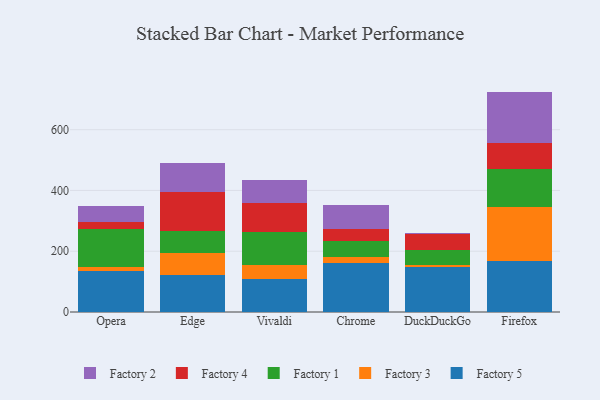
{"axis": {"x": "Browser", "y": "Revenue (USD Million)"}, "legend": ["Factory 1", "Factory 2", "Factory 3", "Factory 4", "Factory 5"], "data": [{"x": "Opera", "y": 136.0, "type": "Factory 5"}, {"x": "Opera", "y": 12.6, "type": "Factory 3"}, {"x": "Opera", "y": 126.2, "type": "Factory 1"}, {"x": "Opera", "y": 22.9, "type": "Factory 4"}, {"x": "Opera", "y": 50.6, "type": "Factory 2"}, {"x": "Edge", "y": 123.1, "type": "Factory 5"}, {"x": "Edge", "y": 70.5, "type": "Factory 3"}, {"x": "Edge", "y": 72.1, "type": "Factory 1"}, {"x": "Edge", "y": 128.5, "type": "Factory 4"}, {"x": "Edge", "y": 95.3, "type": "Factory 2"}, {"x": "Vivaldi", "y": 107.3, "type": "Factory 5"}, {"x": "Vivaldi", "y": 49.0, "type": "Factory 3"}, {"x": "Vivaldi", "y": 105.7, "type": "Factory 1"}, {"x": "Vivaldi", "y": 97.0, "type": "Factory 4"}, {"x": "Vivaldi", "y": 74.3, "type": "Factory 2"}, {"x": "Chrome", "y": 161.7, "type": "Factory 5"}, {"x": "Chrome", "y": 19.1, "type": "Factory 3"}, {"x": "Chrome", "y": 52.6, "type": "Factory 1"}, {"x": "Chrome", "y": 41.2, "type": "Factory 4"}, {"x": "Chrome", "y": 76.1, "type": "Factory 2"}, {"x": "DuckDuckGo", "y": 147.3, "type": "Factory 5"}, {"x": "DuckDuckGo", "y": 7.7, "type": "Factory 3"}, {"x": "DuckDuckGo", "y": 48.8, "type": "Factory 1"}, {"x": "DuckDuckGo", "y": 51.3, "type": "Factory 4"}, {"x": "DuckDuckGo", "y": 5.3, "type": "Factory 2"}, {"x": "Firefox", "y": 167.0, "type": "Factory 5"}, {"x": "Firefox", "y": 178.3, "type": "Factory 3"}, {"x": "Firefox", "y": 126.0, "type": "Factory 1"}, {"x": "Firefox", "y": 84.6, "type": "Factory 4"}, {"x": "Firefox", "y": 169.4, "type": "Factory 2"}]}